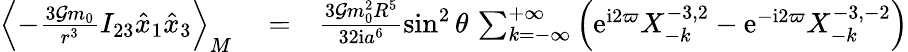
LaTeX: \begin{array}{rlr}{\left\langle-\frac{3{\cal G}m_{0}}{r^{3}}I_{23}\hat{x}_{1}\hat{x}_{3}\right\rangle_{M}}&{{}=}&{\frac{3{\cal G}m_{0}^{2}R^{5}}{32\mathrm{i}a^{6}}\sin^{2}\theta\, \sum_{k=-\infty}^{+\infty}\left(\mathrm{e}^{\mathrm{i}2\varpi}X_{-k}^{-3,2}-\mathrm{e}^{-\mathrm{i}2\varpi}X_{-k}^{-3,-2}\right)}\end{array}